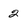
Character: 2